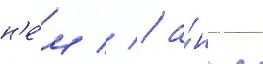
н'е́м // / а́нгл